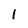
Character: l